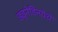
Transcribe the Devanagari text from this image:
ड्युनेडिनयेथे